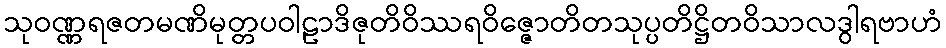
သုဝဏ္ဏရဇတမဏိမုတ္တပဝါဠာဒိဇုတိဝိဿရဝိဇ္ဇောတိတသုပ္ပတိဋ္ဌိတဝိသာလဒွါရဗာဟံ